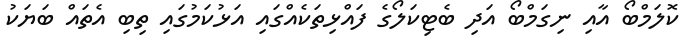
ކޮލަމްބޯ އާއި ނިގަމްބޯ އަދި ބެޓިކަލޯގެ ފައްޅިތަކެއްގައި އަޅުކަމުގައި ތިބި އެތައް ބަޔަކު